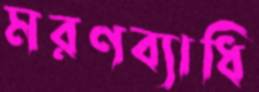
মরণব্যাধি